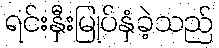
ရင်းနှီးမြုပ်နှံခဲ့သည်